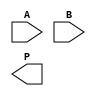
module WallaceTreeMultiplier #(parameter N = 4) (
    input  [N-1:0] A,
    input  [N-1:0] B,
    output [2*N-1:0] P
);
    wire [N-1:0] pp [N-1:0];  // Partial products
    wire [2*N-1:0] sum [N-1:0]; // Sums and carries from adders
    wire [N-1:0] carry [N-1:0]; // Carries from adders

    // Generate Partial Products
    genvar i, j;
    generate
        for (i = 0; i < N; i = i + 1) begin: gen_pp
            assign pp[i] = A & {N{B[i]}};
        end
    endgenerate

    // Reduction Tree
    // Layer 1
    wire [N:0] layer1_sum[N-1:0];
    wire [N:0] layer1_carry[N-1:0];

    generate
        for (i = 0; i < N; i = i + 1) begin: layer1
            if (i == 0) begin
                assign layer1_sum[i] = {1'b0, pp[0][0]} + {1'b0, pp[1][0]};
                assign layer1_carry[i] = 1'b0;
            end else if (i == 1) begin
                assign layer1_sum[i] = {1'b0, pp[2][0]} + {1'b0, layer1_sum[i-1][0]};
                assign layer1_carry[i] = layer1_sum[i-1][1];
            end else begin
                assign layer1_sum[i] = {1'b0, pp[i][0]} + {1'b0, layer1_sum[i-1][0]} + layer1_carry[i-1];
                assign layer1_carry[i] = (pp[i][0] & layer1_sum[i-1][0]) | (pp[i][0] & layer1_carry[i-1]) | (layer1_sum[i-1][0] & layer1_carry[i-1]);
            end
        end
    endgenerate

    // Additional layers can be implemented as required. 
    // For simplification, we only show one layer. Additional layers can be added similar to Layer 1.

    // Final Addition
    wire [2*N-1:0] final_sum;
    wire [2*N-1:0] final_carry;

    assign final_sum = {layer1_carry[N-1], layer1_sum[N-1]} + {1'b0, pp[3][0]} + {1'b0, pp[4][0]} + {1'b0, pp[5][0]} + {1'b0, pp[6][0]} + {1'b0, pp[7][0]}; // Continue for all pp

    // Final product assignment
    assign P = final_sum; // Assuming final_sum contains the final product bits

endmodule